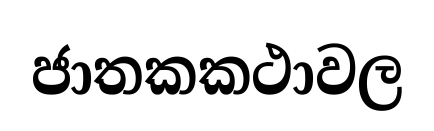
ජාතකකථාවල